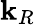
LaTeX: \mathbf{k}_{R}